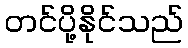
တင်ပို့နိုင်သည်